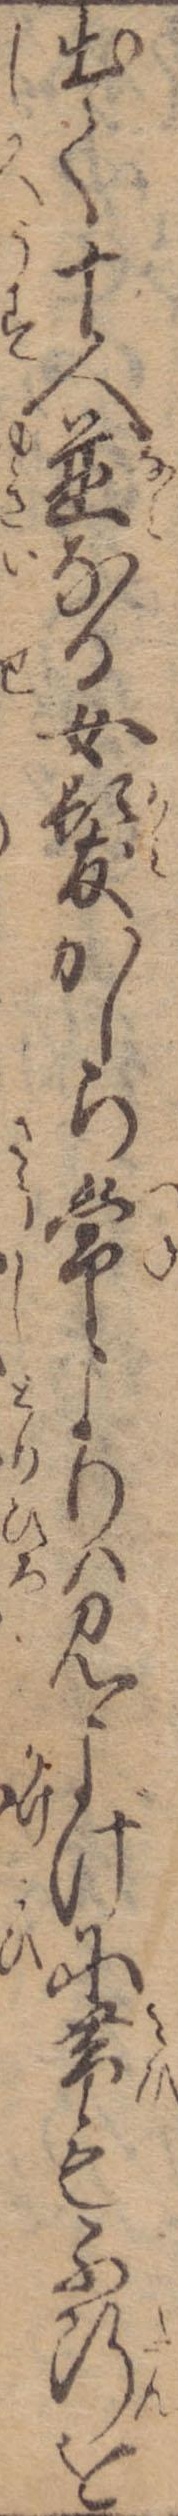
出て十人並なる女髪かしら常よりは見よげに帯も不断を